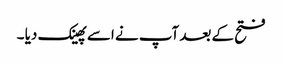
فتح کے بعد آپ نے اسے پھینک دیا ۔